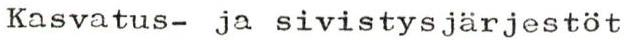
Kasvatus- ja sivistysjärjestöt